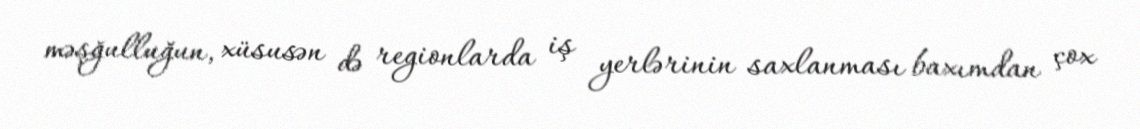
məşğulluğun, xüsusən də regionlarda iş yerlərinin saxlanması baxımdan çox